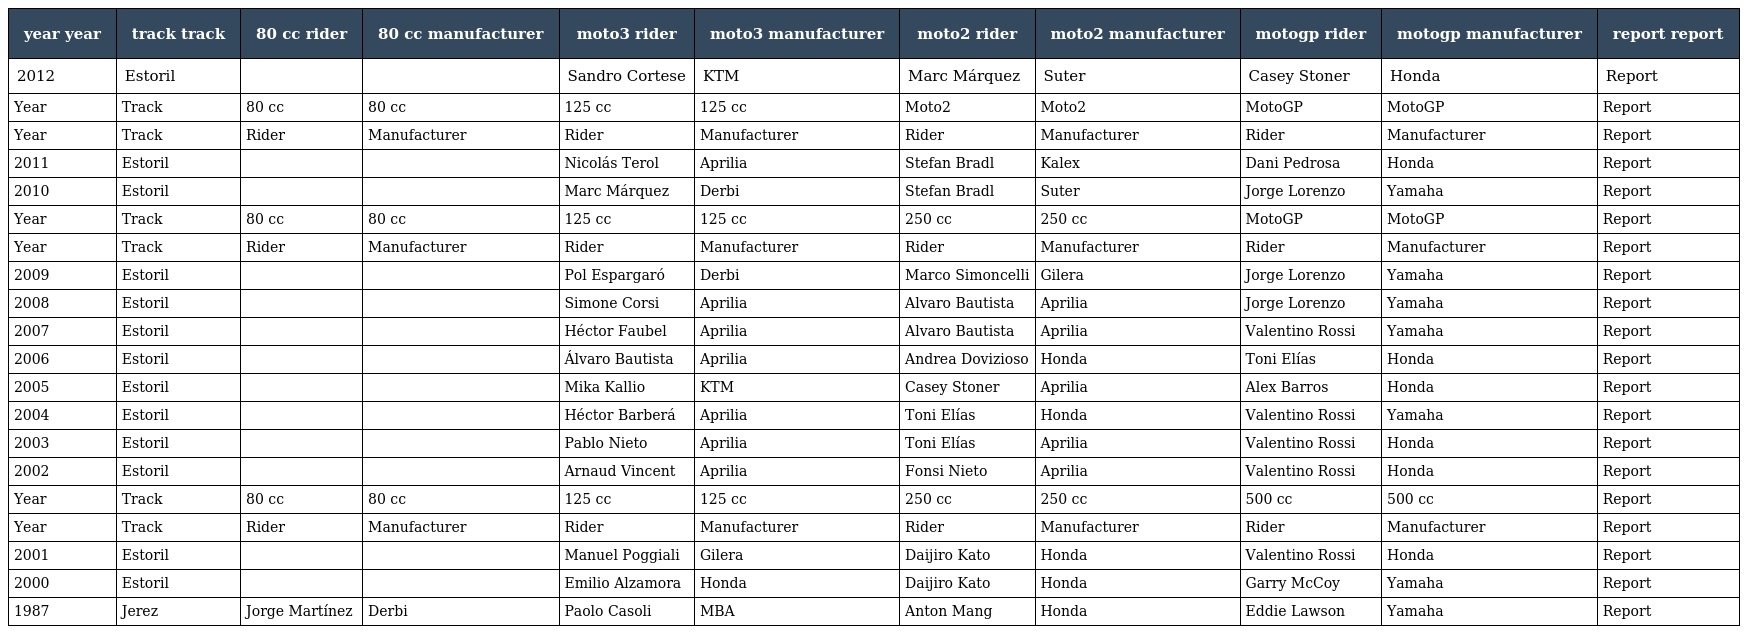
| year year | track track | 80 cc rider | 80 cc manufacturer | moto3 rider | moto3 manufacturer | moto2 rider | moto2 manufacturer | motogp rider | motogp manufacturer | report report |
 | --- | --- | --- | --- | --- | --- | --- | --- | --- | --- | --- |
 | 2012 | Estoril |  |  | Sandro Cortese | KTM | Marc Márquez | Suter | Casey Stoner | Honda | Report |
 | Year | Track | 80 cc | 80 cc | 125 cc | 125 cc | Moto2 | Moto2 | MotoGP | MotoGP | Report |
 | Year | Track | Rider | Manufacturer | Rider | Manufacturer | Rider | Manufacturer | Rider | Manufacturer | Report |
 | 2011 | Estoril |  |  | Nicolás Terol | Aprilia | Stefan Bradl | Kalex | Dani Pedrosa | Honda | Report |
 | 2010 | Estoril |  |  | Marc Márquez | Derbi | Stefan Bradl | Suter | Jorge Lorenzo | Yamaha | Report |
 | Year | Track | 80 cc | 80 cc | 125 cc | 125 cc | 250 cc | 250 cc | MotoGP | MotoGP | Report |
 | Year | Track | Rider | Manufacturer | Rider | Manufacturer | Rider | Manufacturer | Rider | Manufacturer | Report |
 | 2009 | Estoril |  |  | Pol Espargaró | Derbi | Marco Simoncelli | Gilera | Jorge Lorenzo | Yamaha | Report |
 | 2008 | Estoril |  |  | Simone Corsi | Aprilia | Alvaro Bautista | Aprilia | Jorge Lorenzo | Yamaha | Report |
 | 2007 | Estoril |  |  | Héctor Faubel | Aprilia | Alvaro Bautista | Aprilia | Valentino Rossi | Yamaha | Report |
 | 2006 | Estoril |  |  | Álvaro Bautista | Aprilia | Andrea Dovizioso | Honda | Toni Elías | Honda | Report |
 | 2005 | Estoril |  |  | Mika Kallio | KTM | Casey Stoner | Aprilia | Alex Barros | Honda | Report |
 | 2004 | Estoril |  |  | Héctor Barberá | Aprilia | Toni Elías | Honda | Valentino Rossi | Yamaha | Report |
 | 2003 | Estoril |  |  | Pablo Nieto | Aprilia | Toni Elías | Aprilia | Valentino Rossi | Honda | Report |
 | 2002 | Estoril |  |  | Arnaud Vincent | Aprilia | Fonsi Nieto | Aprilia | Valentino Rossi | Honda | Report |
 | Year | Track | 80 cc | 80 cc | 125 cc | 125 cc | 250 cc | 250 cc | 500 cc | 500 cc | Report |
 | Year | Track | Rider | Manufacturer | Rider | Manufacturer | Rider | Manufacturer | Rider | Manufacturer | Report |
 | 2001 | Estoril |  |  | Manuel Poggiali | Gilera | Daijiro Kato | Honda | Valentino Rossi | Honda | Report |
 | 2000 | Estoril |  |  | Emilio Alzamora | Honda | Daijiro Kato | Honda | Garry McCoy | Yamaha | Report |
 | 1987 | Jerez | Jorge Martínez | Derbi | Paolo Casoli | MBA | Anton Mang | Honda | Eddie Lawson | Yamaha | Report |